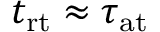
t _ { \mathrm { r t } } \approx \tau _ { \mathrm { a t } }